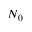
N _ { 0 }